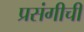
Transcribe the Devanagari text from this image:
प्रसंगीची